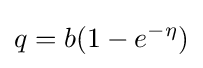
q=b(1-e^{-\eta })